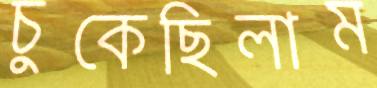
চুকেছিলাম